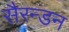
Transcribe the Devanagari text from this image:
सैरन्डन